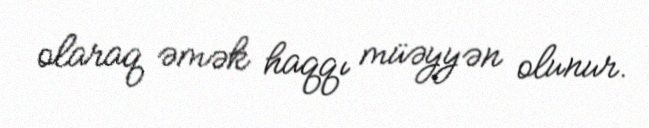
olaraq əmək haqqı müəyyən olunur.